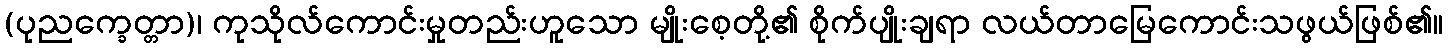
(ပုညက္ခေတ္တာ)၊ ကုသိုလ်ကောင်းမှုတည်းဟူသော မျိုးစေ့တို့၏ စိုက်ပျိုးချရာ လယ်တာမြေကောင်းသဖွယ်ဖြစ်၏။